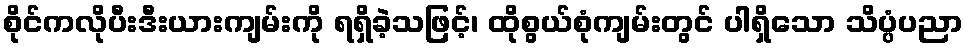
စိုင်ကလိုပီးဒီးယားကျမ်းကို ရရှိခဲ့သဖြင့်၊ ထိုစွယ်စုံကျမ်းတွင် ပါရှိသော သိပ္ပံပညာ